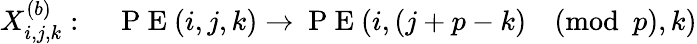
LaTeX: X_{i,j,k}^{(b)}:\quad\mathrm{~P~E~}(i,j,k)\rightarrow\mathrm{~P~E~}(i,(j+p-k)\pmod p,k)